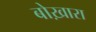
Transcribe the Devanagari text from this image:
बोख़ारा